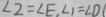
\angle 2 = \angle E , \angle 1 = \angle D